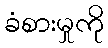
ခံစားမှုကို